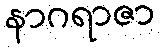
နာဂရာဇာ